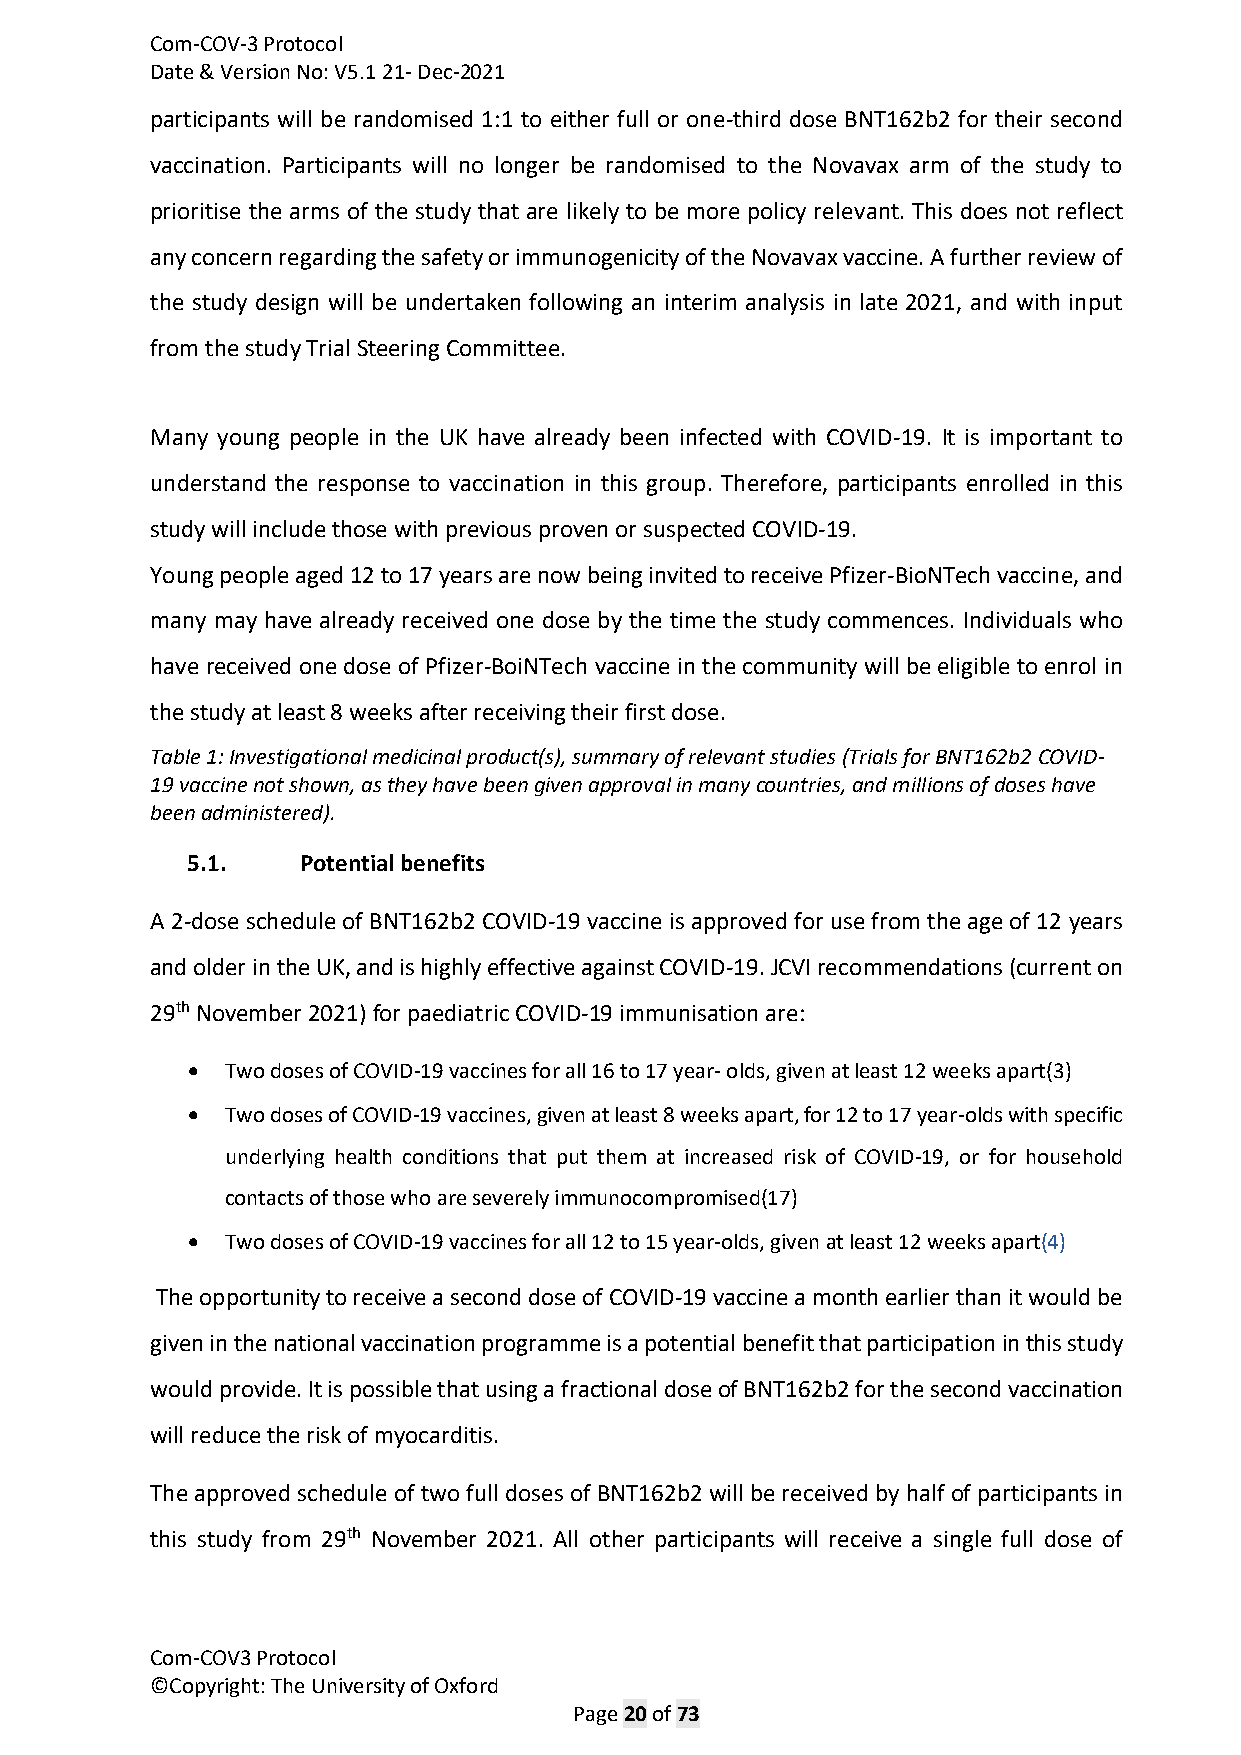
Com-COV-3 Protocol
 Date & Version No: V5.1 21- Dec-2021
 participants will be randomised 1:1 to either full or one-third dose BNT162b2 for their second
 vaccination. Participants will no longer be randomised to the Novavax arm of the study to
 prioritise the arms of the study that are likely to be more policy relevant. This does not reflect
 any concern regarding the safety or immunogenicity of the Novavax vaccine. A further review of
 the study design will be undertaken following an interim analysis in late 2021, and with input
 from the study Trial Steering Committee.
 Many young people in the UK have already been infected with COVID-19. It is important to
 understand the response to vaccination in this group. Therefore, participants enrolled in this
 study will include those with previous proven or suspected COVID-19.
 Young people aged 12 to 17 years are now being invited to receive Pfizer-BioNTech vaccine, and
 many may have already received one dose by the time the study commences. Individuals who
 have received one dose of Pfizer-BoiNTech vaccine in the community will be eligible to enrol in
 the study at least 8 weeks after receiving their first dose.
 Table 1: Investigational medicinal product(s), summary of relevant studies (Trials for BNT162b2 COVID-
 19 vaccine not shown, as they have been given approval in many countries, and millions of doses have
 been administered).
 5.1.    Potential benefits
 A 2-dose schedule of BNT162b2 COVID-19 vaccine is approved for use from the age of 12 years
 and older in the UK, and is highly effective against COVID-19. JCVI recommendations (current on
 29th November 2021) for paediatric COVID-19 immunisation are:
 •  Two doses of COVID-19 vaccines for all 16 to 17 year- olds, given at least 12 weeks apart(3)
 •  Two doses of COVID-19 vaccines, given at least 8 weeks apart, for 12 to 17 year-olds with specific
 underlying health conditions that put them at increased risk of COVID-19, or for household
 contacts of those who are severely immunocompromised(17)
 •  Two doses of COVID-19 vaccines for all 12 to 15 year-olds, given at least 12 weeks apart(4)
 The opportunity to receive a second dose of COVID-19 vaccine a month earlier than it would be
 given in the national vaccination programme is a potential benefit that participation in this study
 would provide. It is possible that using a fractional dose of BNT162b2 for the second vaccination
 will reduce the risk of myocarditis.
 The approved schedule of two full doses of BNT162b2 will be received by half of participants in
 this study from 29th November 2021. All other participants will receive a single full dose of
 Com-COV3 Protocol
 ©Copyright: The University of Oxford
 Page 20 of 73